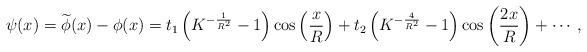
LaTeX: \begin{align*}\psi (x) = \widetilde\phi (x) - \phi (x) = t_1 \left( {K^{ -\frac{1} {{R^2 }}} - 1} \right)\cos \left( {\frac{x} {R}} \right)+ t_2 \left( {K^{ - \frac{4} {{R^2 }}} - 1} \right)\cos \left({\frac{{2x}} {R}} \right) + \cdots,\end{align*}